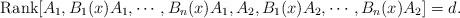
LaTeX: \begin{align*}\mathrm{Rank}[A_1, B_1(x)A_1,\cdots, B_n(x)A_1, A_2, B_1(x)A_2,\cdots, B_n(x)A_2]=d.\end{align*}